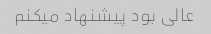
عالی بود پیشنهاد میکنم